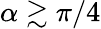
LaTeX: \alpha\gtrsim\pi/4